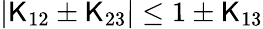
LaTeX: |\mathsf{K}_{12}\pm\mathsf{K}_{23}|\le1\pm\mathsf{K}_{13}